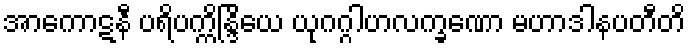
အာကောဋနီ ပရိပက္ကိန္ဒြိယေ ယုဂဂ္ဂါဟလက္ခဏော မဟာဒါနပတီတိ